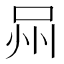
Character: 𭇫